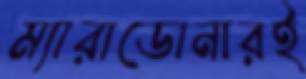
ম্যারাডোনারই